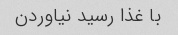
با غذا رسید نیاوردن